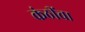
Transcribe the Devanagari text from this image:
कंठींचा